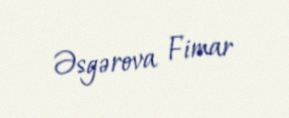
Əsgərova Fimar